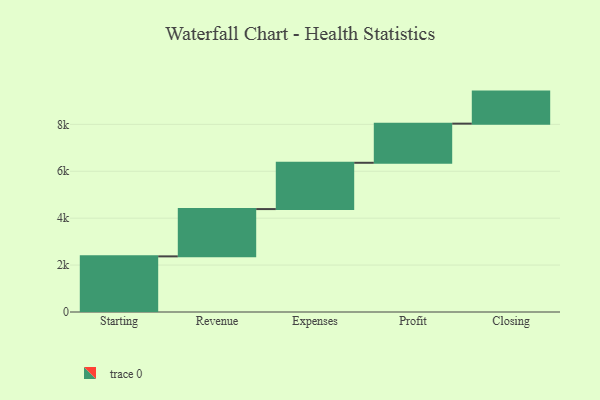
{"axis": {"x": "Step", "y": "Value"}, "legend": [""], "data": [{"x": "Starting", "y": 2372.0, "type": ""}, {"x": "Revenue", "y": 2016.0, "type": ""}, {"x": "Expenses", "y": 1974.0, "type": ""}, {"x": "Profit", "y": 1669.0, "type": ""}, {"x": "Closing", "y": 1366.0, "type": ""}]}